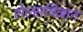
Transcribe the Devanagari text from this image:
सेल्सविज्ञान